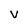
Character: v